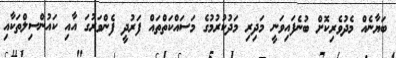
ބަޔާނެއް މެދުވެރިކޮށް ބުނެފައިވަނީ މަދިރި މަދުކުރުމުގެ މަސައްކަތްތައް ފަރުދީ ފެންވަރުގަ އާއި ކައުންސިލްތަކާއި